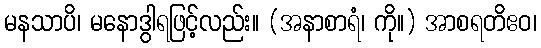
မနသာပိ၊ မနောဒွါရဖြင့်လည်း။ (အနာစာရံ၊ ကို။) အာစရတိဧဝ၊